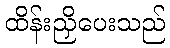
ထိန်းညှိပေးသည်